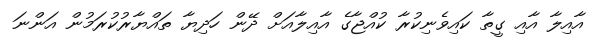
އާއިލާ އާއި ގީތާ ކަައިވެނިކުރާ ކުއްޖާގެ އާއިލާއަށް ދޭން ހަދިޔާ ތައްޔާރުކުރަމުން އަންނަ